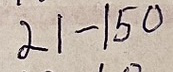
21 - 150